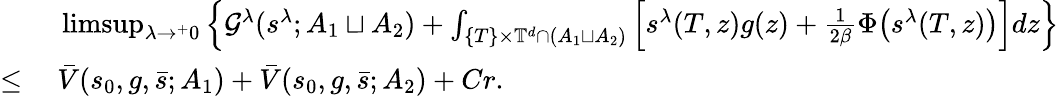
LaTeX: \begin{array}{rl}&{\ \operatorname*{limsup}_{\lambda\rightarrow^{+}0}\Big\{ \mathcal{G}^{\lambda}(s^{\lambda};A_{1}\sqcup A_{2})+\int_{\{ T\} \times\mathbb{T}^{d}\cap(A_{1}\sqcup A_{2})}\Big[s^{\lambda}(T,z)g(z)+\frac{1}{2\beta}\Phi\big(s^{\lambda}(T,z)\big)\Big]dz\Big\} }\\ {\leq}&{\ \bar{V}(s_{0},g,\bar{s};A_{1})+\bar{V}(s_{0},g,\bar{s};A_{2})+Cr.}\end{array}